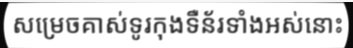
សម្រេចគាស់ទូរកុងទឺន័រទាំងអស់នោះ